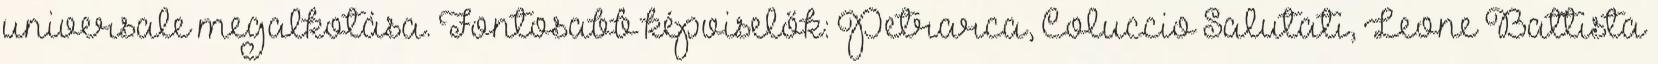
universale megalkotása. Fontosabb képviselők: Petrarca, Coluccio Salutati, Leone Battista